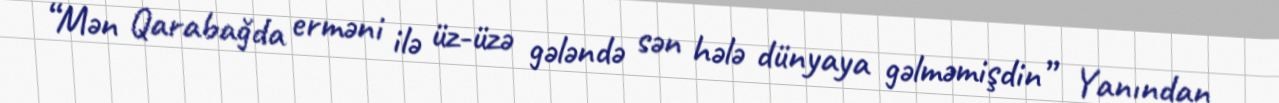
“Mən Qarabağda erməni ilə üz-üzə gələndə sən hələ dünyaya gəlməmişdin” Yanından